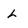
Character: L